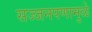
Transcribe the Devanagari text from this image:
सज्जनपणामुळे